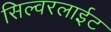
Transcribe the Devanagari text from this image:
सिल्वरलाईट